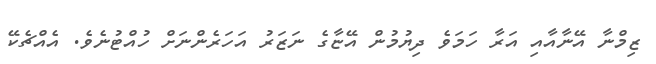
ޒިމްނާ އޭނާއާއި އަރާ ހަމަވެ ދިޔުމުން އޭޏާގެ ނަޒަރު އަހަރެންނަށް ހުއްޓުނެވެ. އެއްޗެކޭ